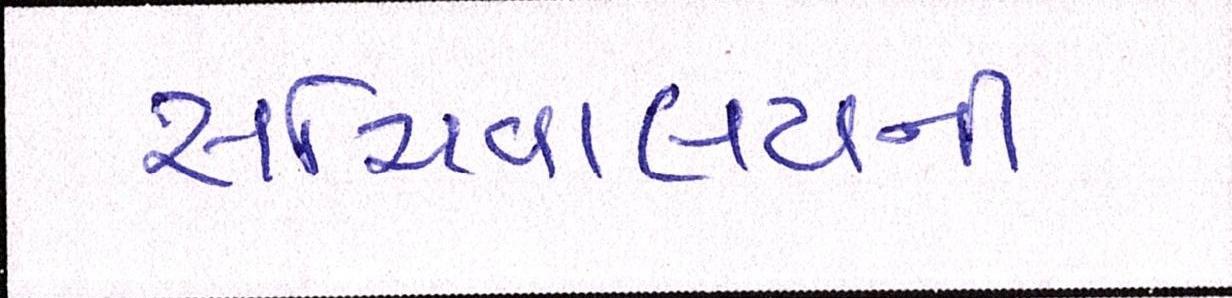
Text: સચિવાલયની